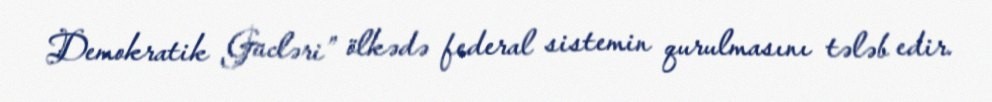
Demokratik Gücləri” ölkədə federal sistemin qurulmasını tələb edir.